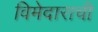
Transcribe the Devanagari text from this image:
विमेदाराची